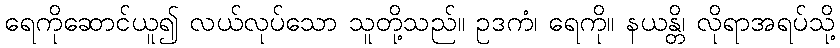
ရေကိုဆောင်ယူ၍ လယ်လုပ်သော သူတို့သည်။ ဥဒကံ၊ ရေကို။ နယန္တိ၊ လိုရာအရပ်သို့